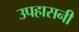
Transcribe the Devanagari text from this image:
उपहासनी